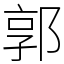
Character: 郭